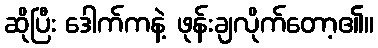
ဆိုပြီး ဒေါက်ကနဲ့ ဖုန်းချလိုက်တော့၏။